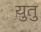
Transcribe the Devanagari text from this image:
युतु